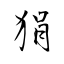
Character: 狷